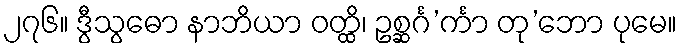
၂၇၆။ ဒွီသွဓော နာဘိယာ ဝတ္ထိ၊ ဥစ္ဆင်္ဂ’င်္ကာ တု’ဘော ပုမေ။